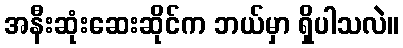
အနီးဆုံးဆေးဆိုင်က ဘယ်မှာ ရှိပါသလဲ။